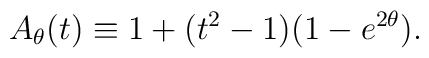
A_{\theta}(t) \equiv 1+(t^{2}-1)(1-e^{2\theta}).